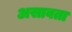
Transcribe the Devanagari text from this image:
असावता